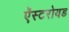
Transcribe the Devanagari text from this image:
ऍस्टरोयड